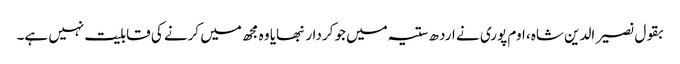
بقول نصیر الدین شاہ، اوم پوری نے ارد ھ ستیہ میں جو کردار نبھایا وہ مجھ میں کرنے کی قابلیت نہیں ہے۔